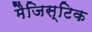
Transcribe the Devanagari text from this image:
मैजिस्टिक